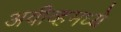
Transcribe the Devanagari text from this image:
अवीव्हमध्ये